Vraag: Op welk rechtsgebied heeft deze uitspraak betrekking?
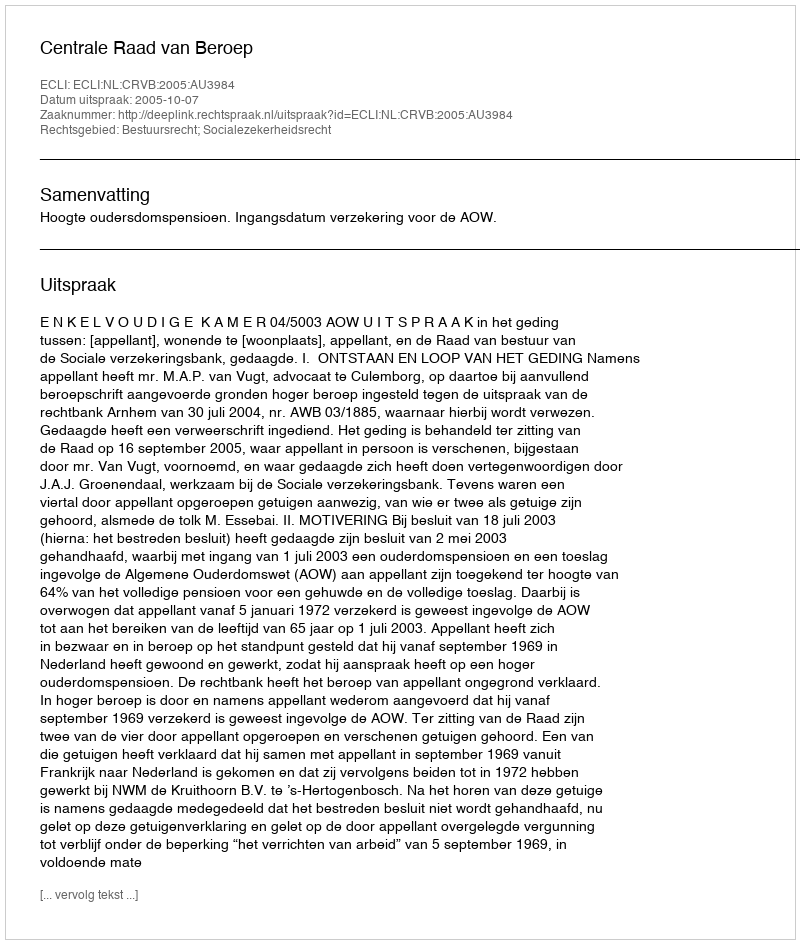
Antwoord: Bestuursrecht; Socialezekerheidsrecht